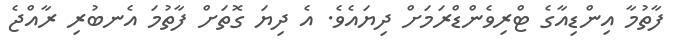
ފާތުމާ އިންޑިއާގެ ޓްރިވެންޑްރަމަށް ދިޔައެވެ. އެ ދިޔަ ގޮތަށް ފާތުމަ އެނބުރި ރާއްޖެ